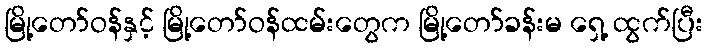
မြို့တော်ဝန်နှင့် မြို့တော်ဝန်ထမ်းတွေက မြို့တော်ခန်းမ ရှေ့ ထွက်ပြီး